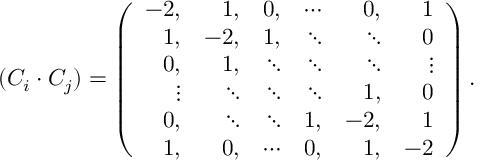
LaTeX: ( C _ { i } \cdot C _ { j } ) = \left( \begin{array} { r r r r r r } { { - 2 , } } & { { 1 , } } & { { 0 , } } & { { \cdots } } & { { 0 , } } & { { 1 } } \\ { { 1 , } } & { { - 2 , } } & { { 1 , } } & { { \ddots } } & { { \ddots } } & { { 0 } } \\ { { 0 , } } & { { 1 , } } & { { \ddots } } & { { \ddots } } & { { \ddots } } & { { \vdots } } \\ { { \vdots } } & { { \ddots } } & { { \ddots } } & { { \ddots } } & { { 1 , } } & { { 0 } } \\ { { 0 , } } & { { \ddots } } & { { \ddots } } & { { 1 , } } & { { - 2 , } } & { { 1 } } \\ { { 1 , } } & { { 0 , } } & { { \cdots } } & { { 0 , } } & { { 1 , } } & { { - 2 } } \end{array} \right) .